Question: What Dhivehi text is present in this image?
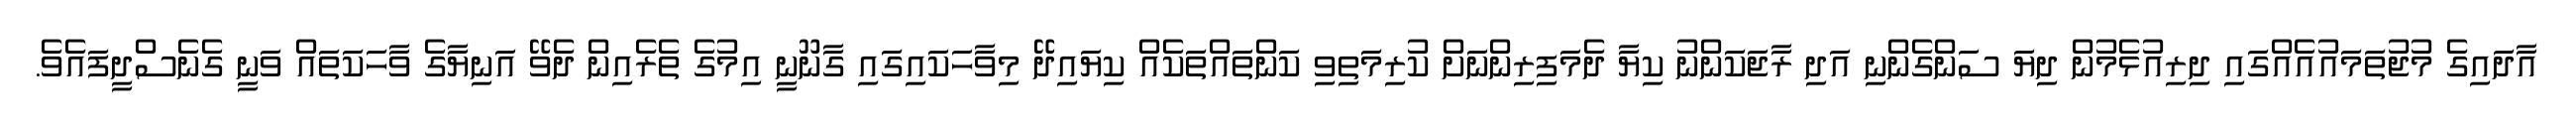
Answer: އާދައިގެ މުޖުތަމައުއެއްގައި ދިރިއުޅެމުން ދިޔަ ސަންގެންނި އަދި ރާޖަކަންނު ކިޔާ ދެމަފިރިންނަށް ކުރިމަތިވި ކަންތައްތަކެއް ކިޔައިދޭ މިވާހަކައިގައި ގާނޫނީ އިމުގެ ތެރެއިން ދެވޭ އަނިޔާގެ ވާހަކަތައް ވަނީ ގެނެސްދީފައެވެ.